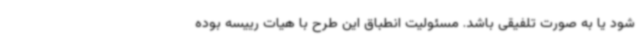
شود یا به صورت تلفیقی باشد. مسئولیت انطباق این طرح با هیات رییسه بوده